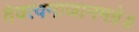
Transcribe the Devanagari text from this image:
देवत्वमाजानमग्रे॥